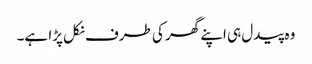
وہ پیدل ہی اپنے گھر کی طرف نکل پڑا ہے۔